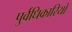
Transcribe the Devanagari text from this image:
पुर्वधिकारियों